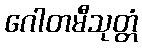
ဂေါတမီသုတ္တံ